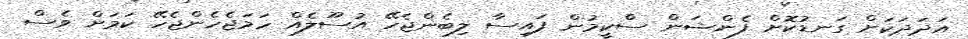
އަދަދަކަށް ގަނޑުކޮށް ފެންޝަން ސްކީމުން ފައިސާ ލިބެންޖެހޭ އުސޫލެއް ހަމަޖެހެންޖެހޭ ކަމަށް ވެސް